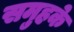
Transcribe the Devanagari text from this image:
समुहके